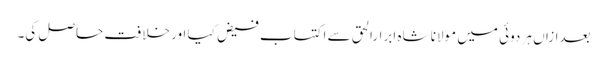
بعدازاں ہر دوئی میں مولانا شاہ ابرارالحق سے اکتساب فیض کیا اور خلافت حاصل کی۔